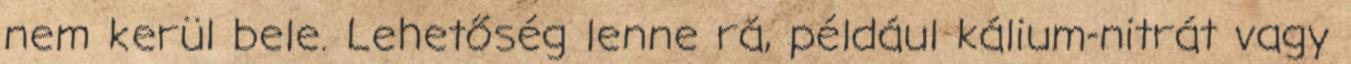
nem kerül bele. Lehetőség lenne rá, például kálium-nitrát vagy